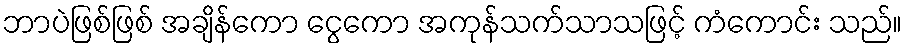
ဘာပဲဖြစ်ဖြစ် အချိန်ကော ငွေကော အကုန်သက်သာသဖြင့် ကံကောင်း သည်။